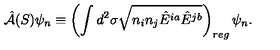
{ \hat { \cal A } } ( S ) \psi _ { n } \equiv \left( \int d ^ { 2 } \sigma \sqrt { n _ { i } n _ { j } { \hat { E } } ^ { i a } { \hat { E } } ^ { j b } } \right) _ { r e g } \psi _ { n } .